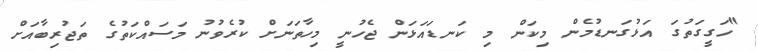
"ހަގީގަތުގަ އަޅުގަނޑުމެން މިކަން މި ކަނޑައަޅަން ޖެހުނީ މިހާތަނަށް ކުރެވުނު މަސައްކަތުގެ ތަޖުރިބާއަށް